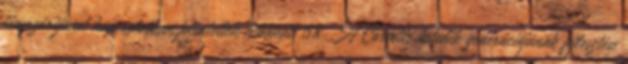
fényszórójával kapcsolatban jelentettek hibákat. 68 A Corvette hetedik generációjának fejlesztése